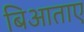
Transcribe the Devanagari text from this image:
बिआताए